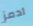
آدمز